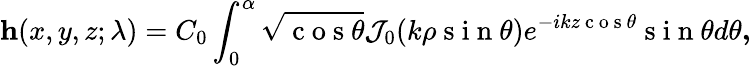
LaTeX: \textbf{h}(x,y,z;\lambda)=C_{0}\int_{0}^{\alpha}\sqrt{\mathrm{~c~o~s~}\theta}\mathcal{J}_{0}(k\rho\mathrm{~s~i~n~}\theta)e^{-ikz\mathrm{~c~o~s~}\theta}\mathrm{~s~i~n~}\theta d\theta\textbf{,}